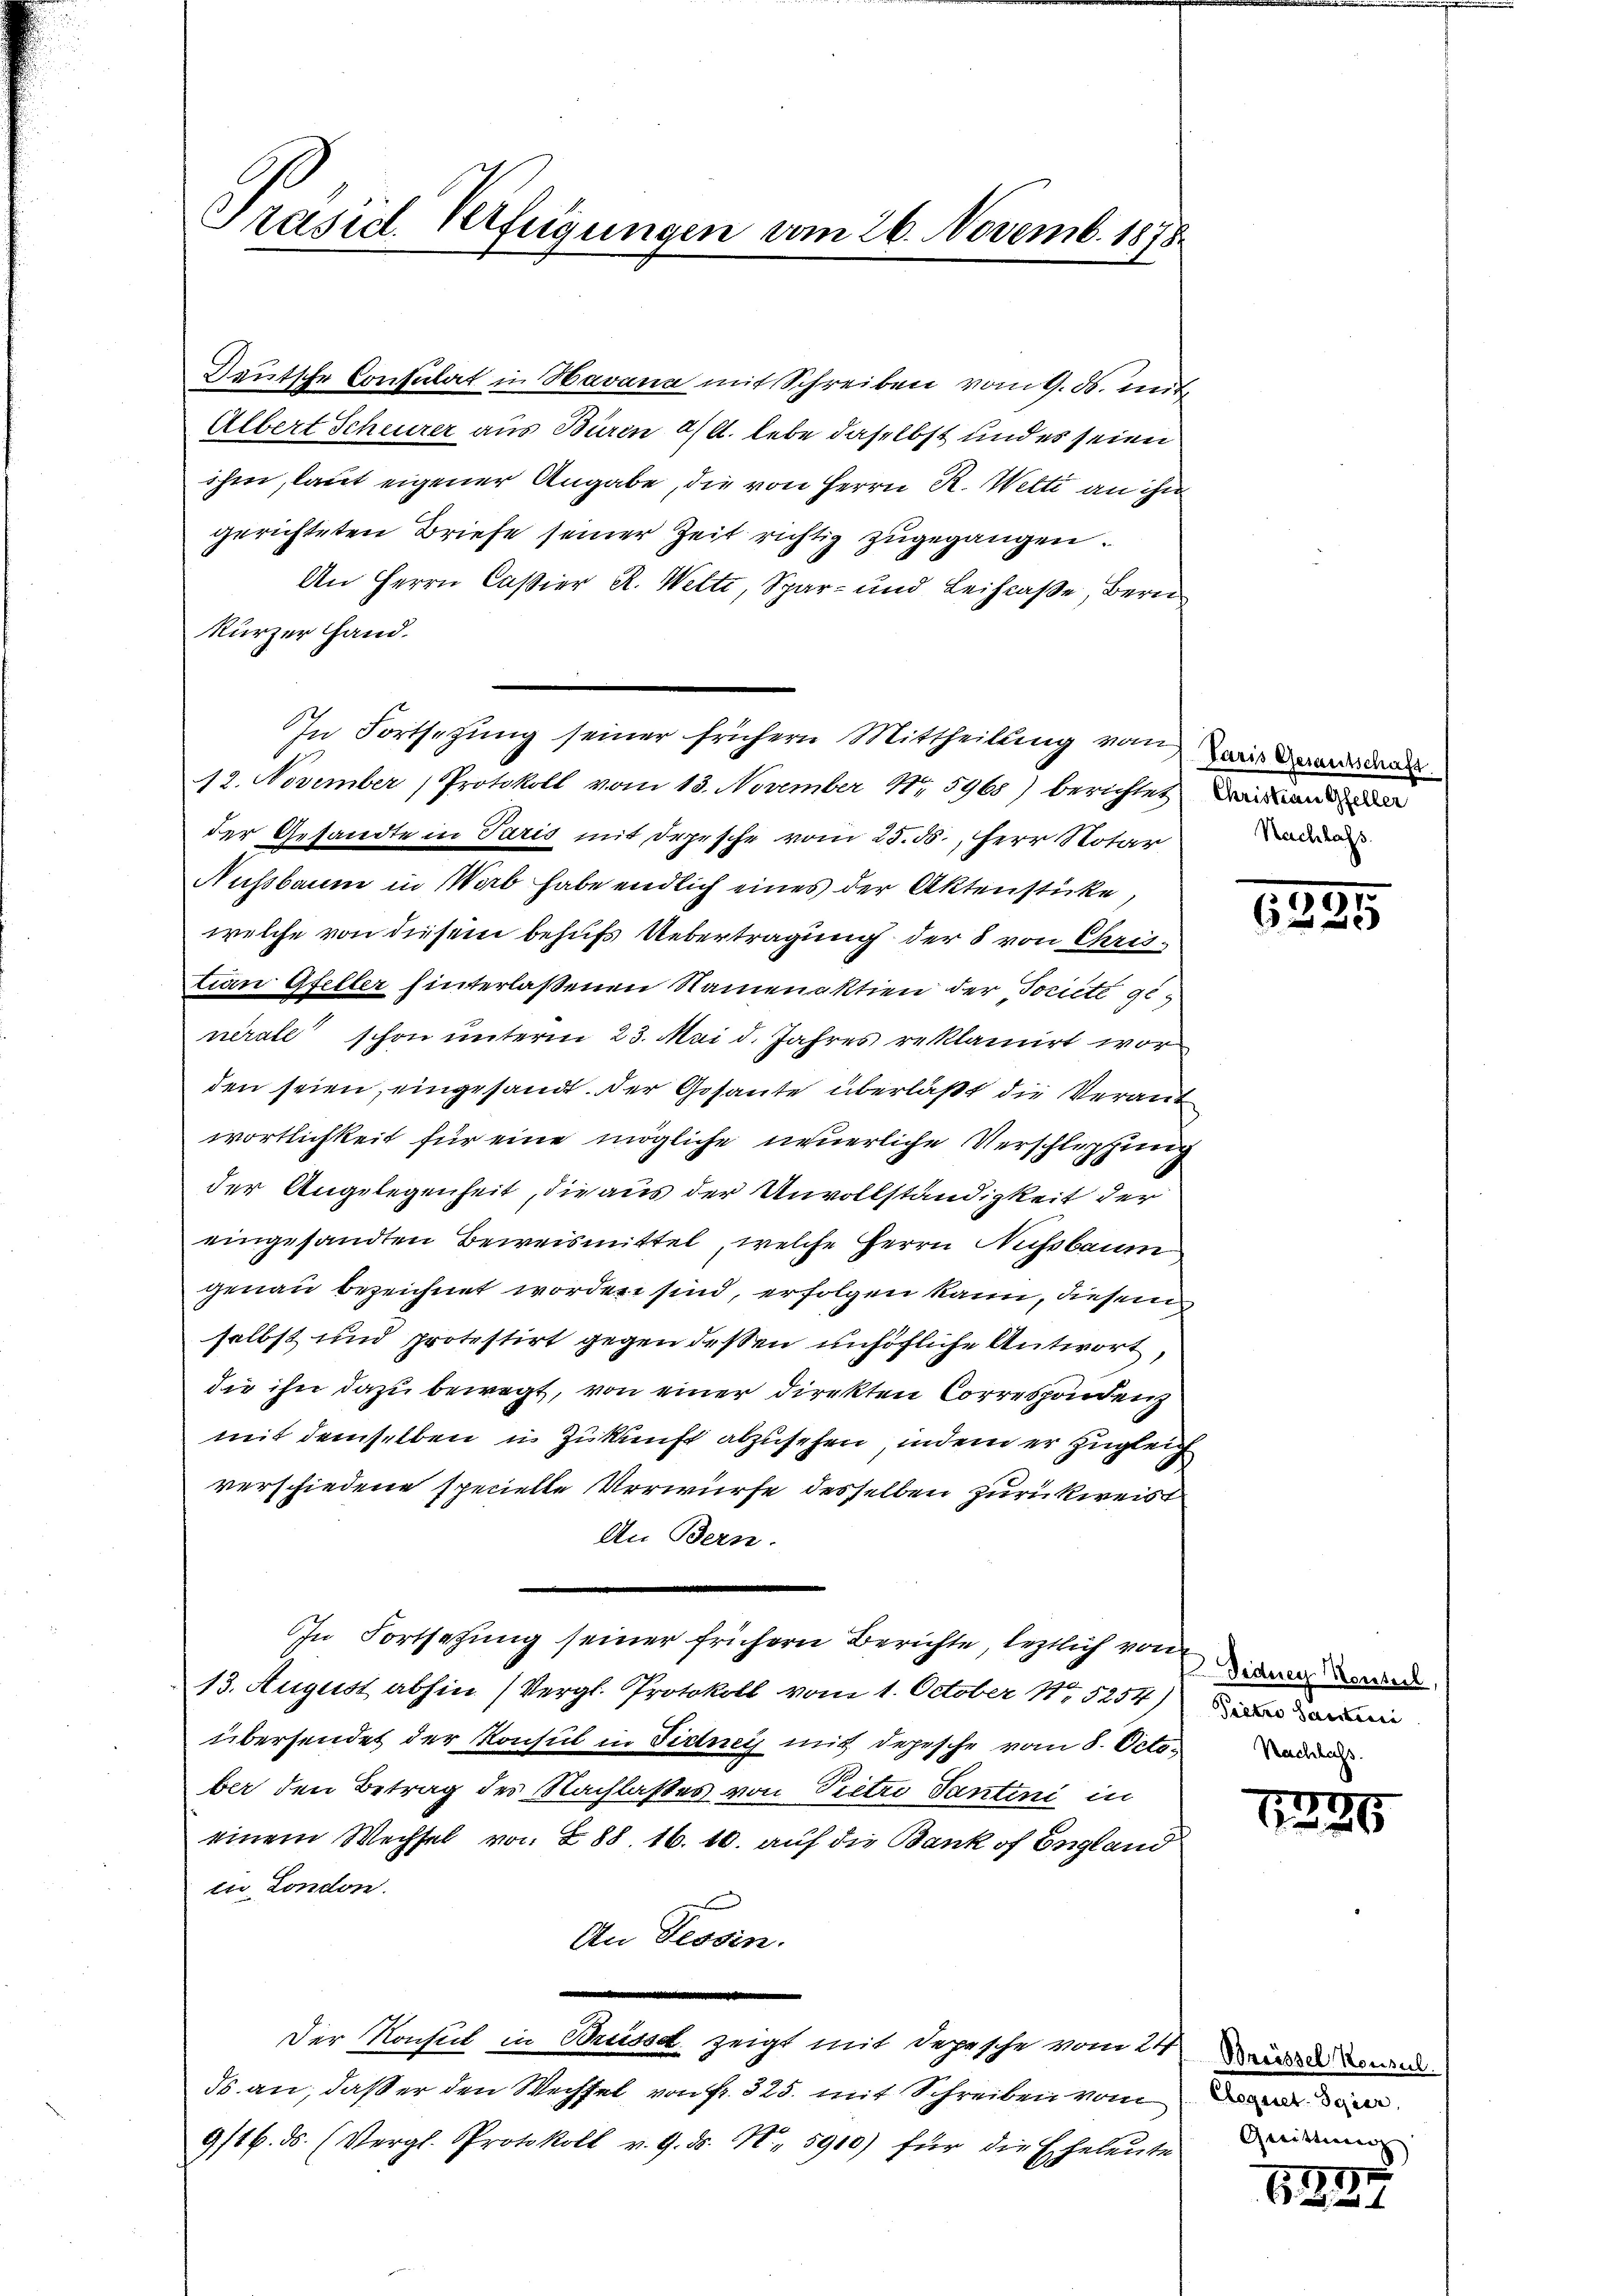
Präsid Verfügungen vom 26. Novemb. 1878

Teutsche Consulat in Havana mit Schreiben vom 9. ds. mit
Albert Scheurer aus Burin a/A. lebe daselbst und es seien
ihm, laut eigener Angabe, die von Herrn R. Wetti an ihn
gerichteten Briefe seiner Zeit richtig zugegangen.
An Herrn Caßier R. Welti, Spar- und Leihcaße, Bern
kürzer Hand.
12. November, Protokoll vom 13. November N. 5968) berichtet daran
der Gesandte in Paris mit Depesche vom 25. ds., Herr Notar
Nussbaum in Worb habe endlich eines der Aktenstücke
welche von diesem behufs Uebertragung der 8 von Christian Gfeller hinterlaßenen Namenaktien der Societe genérale schon unterm 23. Mai d. Jahres reklamirt wor
den seien, eingesandt. Der Gesante überläßt die Verant
wortlichkeit für eine mögliche neuerliche Verschlüpfung
der Angelegenheit, die aus der Unvollständigkeit der
eingesandten Beweismittel, welche Herrn Nussbaum
genau bezeichnet worden sind, erfolgen kann, diesem
selbst und protestirt gegen dessen unhöfliche Antwort,
die ihn dazu bewegt, von einer direkten Correspondenz
mit demselben in Zukunft abzusehen, indem er zugleich
verschiedene specielle Verwürfe desselben zurückweist
An Bern.
In Fortsetzung seiner frühern Berichte leztlich von de
13. August abhin (Vergl. Protokoll vom 1. October 15254) in
übersendet der Konsul in Fidney mit depesche vom 8. Octo
ber den Betrag des Nachlasses von Pietri Tanteni in
einem Wechsel von 288. 16. 10. auf die Bankof England
tu London.
An Tessin.
.
Der Konsul in Brüsse zeigt mit Depesche vom 24. Wir wie
ds an, daß er den Wechsel von fr. 325. mit Schreiben vom
9/16. ds. (Vergl. Protokoll v. 9. d. 1. 5910) für die Eheleute Dein

In Fortsetzung seiner frühern Mittheilung von wie daran da

Nachlass

5
6225

1225

11